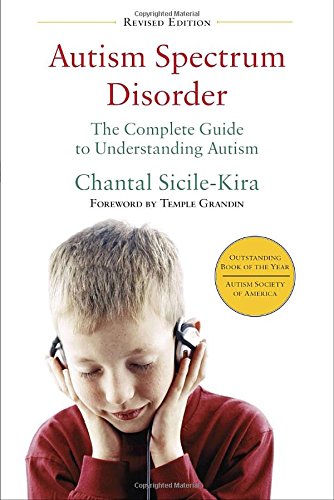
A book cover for Autism Spectrum Disorder (revised): The Complete Guide to Understanding Autism; Chantal Sicile-Kira; Parenting & Relationships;